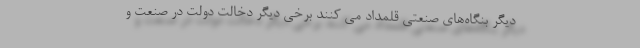
دیگر بنگاه‌های صنعتی قلمداد می کنند برخی دیگر دخالت دولت در صنعت و